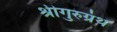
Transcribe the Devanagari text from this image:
श्रीगुरुग्रंथ